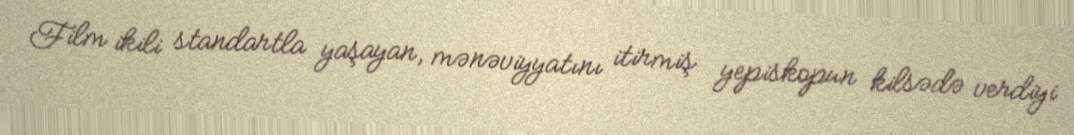
Film ikili standartla yaşayan, mənəviyyatını itirmiş yepiskopun kilsədə verdiyi